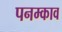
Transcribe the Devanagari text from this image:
पनम्काव